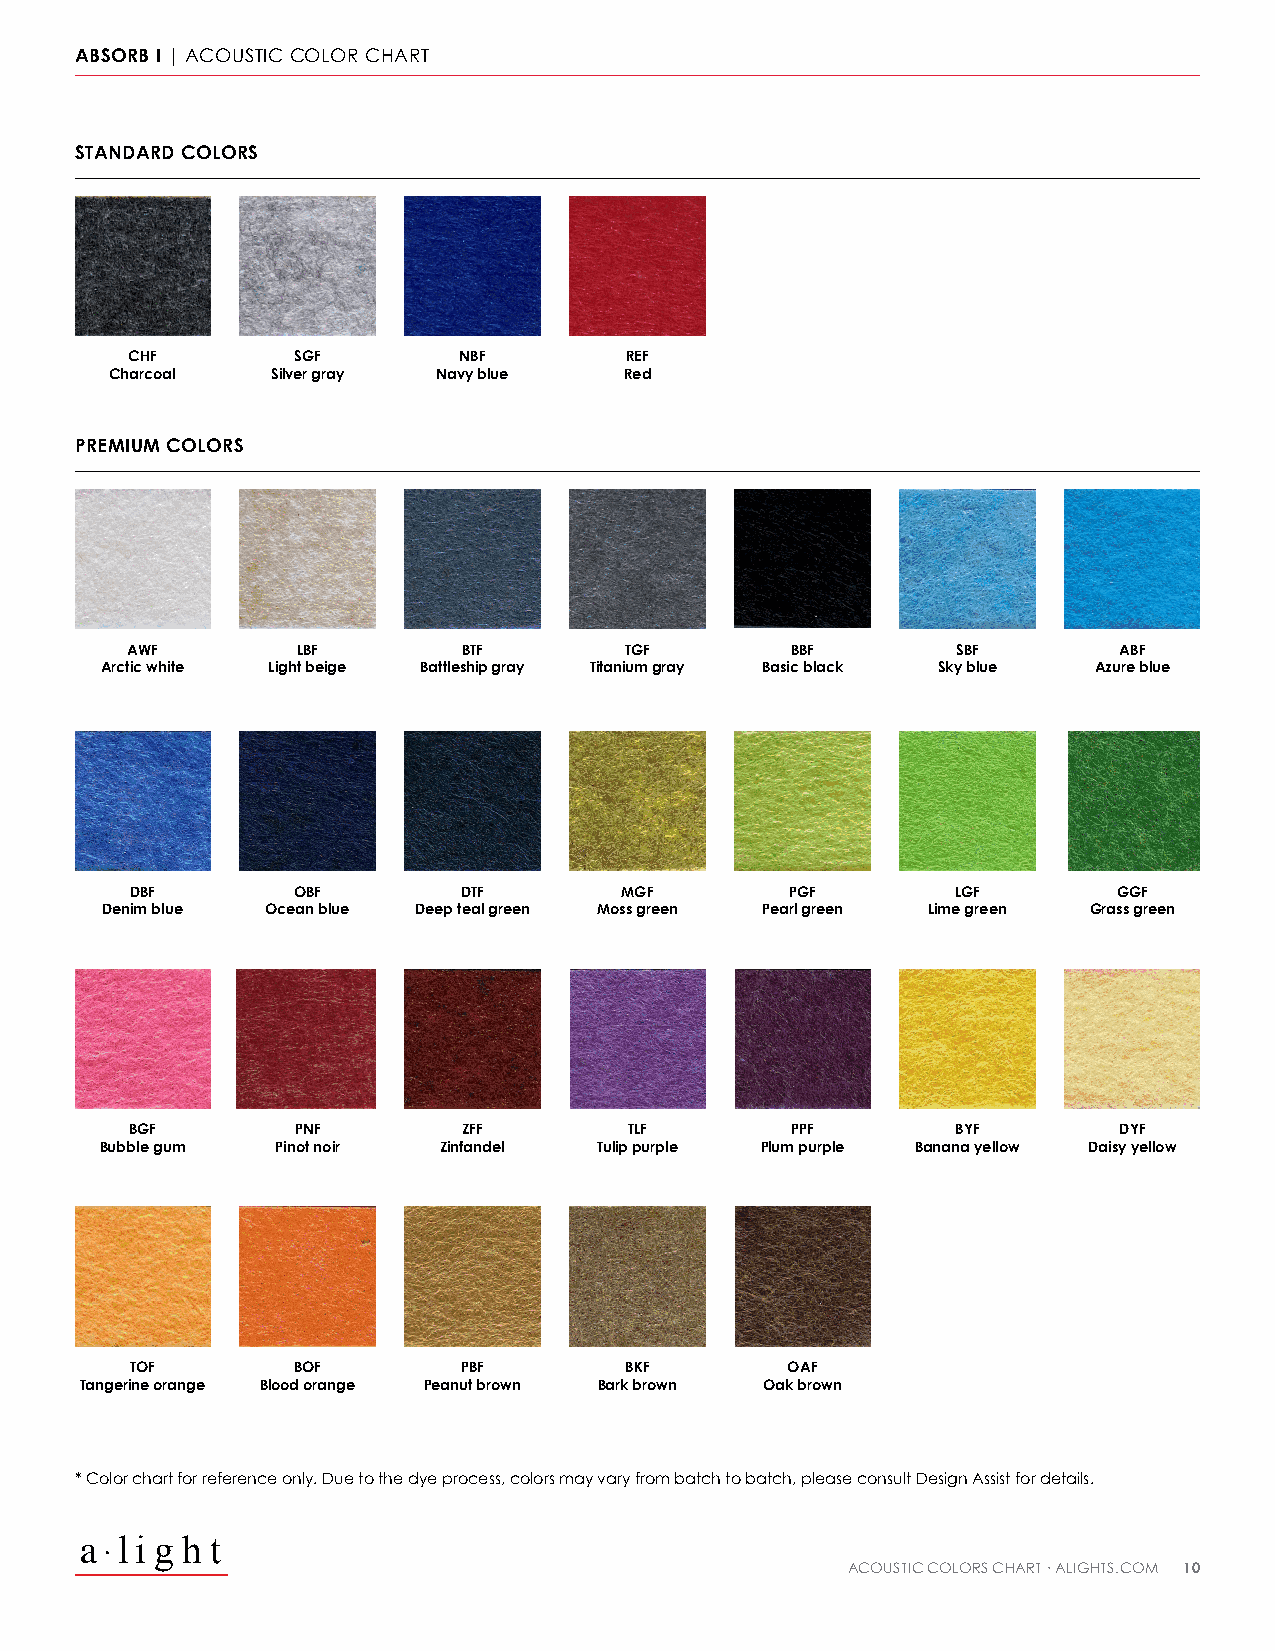
ABSORB I | ACOUSTIC COLOR CHART
 STANDARD COLORS
 CHF       SGF        NBF        REF
 Charcoal   Silver gray Navy blue  Red
 PREMIUM COLORS
 AWF         LBF        BTF       TGF        BBF        SBF        ABF
 Arctic white Light beige Battleship gray Titanium gray Basic black Sky blue Azure blue
 DBF       OBF         DTF       MGF        PGF        LGF        GGF
 Denim blue Ocean blue Deep teal green Moss green Pearl green Lime green Grass green
 BGF        PNF        ZFF        TLF       PPF        BYF        DYF
 Bubble gum Pinot noir Zinfandel  Tulip purple Plum purple Banana yellow Daisy yellow
 TOF       BOF         PBF       BKF        OAF
 Tangerine orange Blood orange Peanut brown Bark brown Oak brown
 * Color chart for reference only. Due to the dye process, colors may vary from batch to batch, please consult Design Assist for details.
 l i g h t
 ACOUSTIC COLORS CHART · ALIGHTS.COM 10